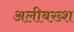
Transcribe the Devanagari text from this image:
अलीबख़्श